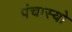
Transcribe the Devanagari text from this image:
पंचास्यो